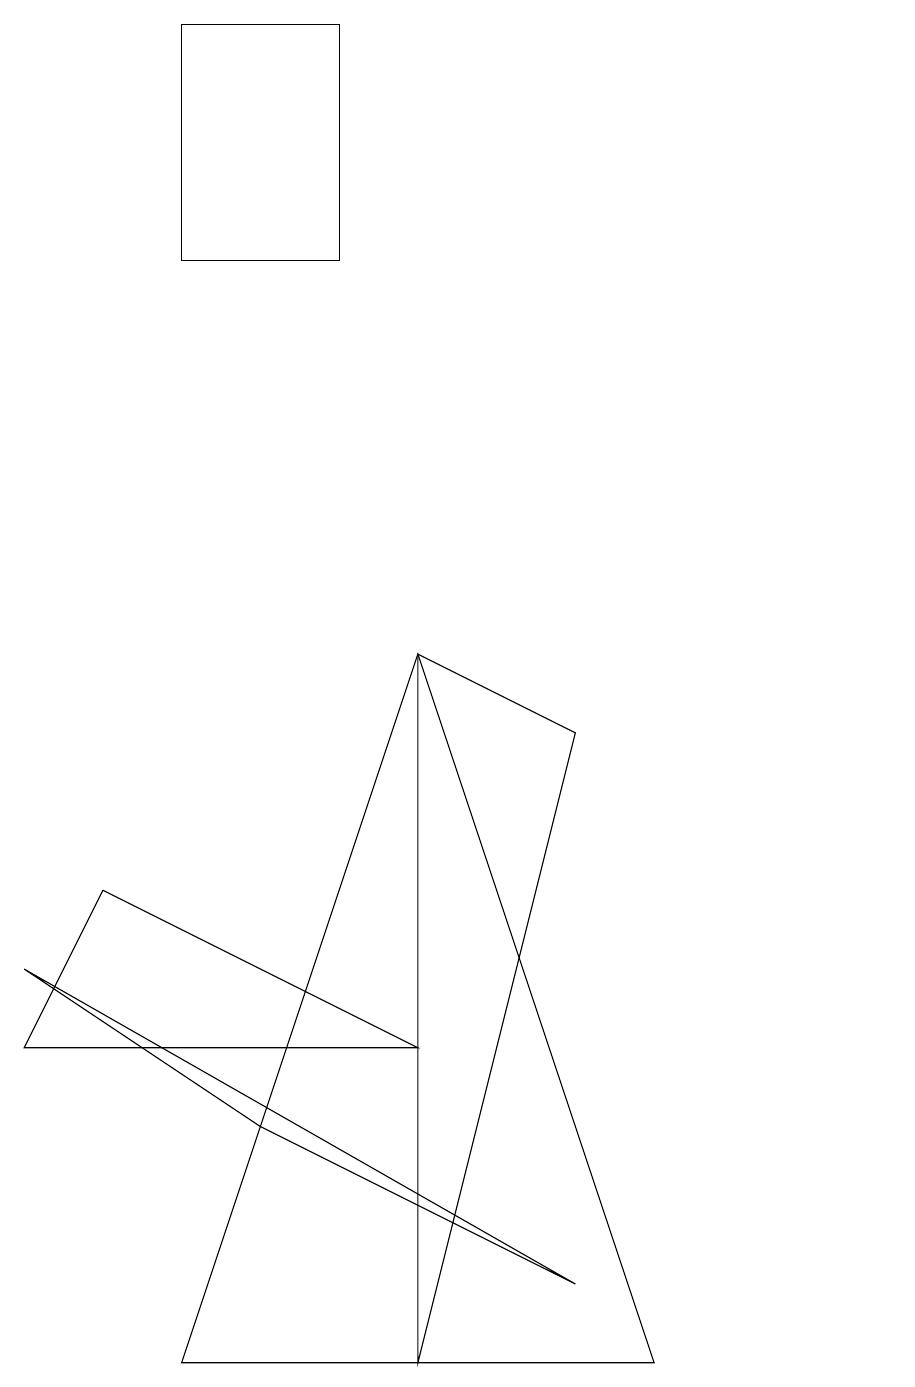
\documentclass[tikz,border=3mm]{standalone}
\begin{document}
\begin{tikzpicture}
\draw (5,9) -- (7,8) -- (5,0) -- cycle;
\draw (3,14) rectangle (4,14);
\draw (5,4) -- (0,4) -- (1,6) -- cycle;
\draw (8,0) -- (5,9) -- (2,0) -- cycle;
\draw (11,12) circle (0);
\draw (7,1) -- (3,3) -- (0,5) -- cycle;
\draw (4,17) rectangle (2,14);
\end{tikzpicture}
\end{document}